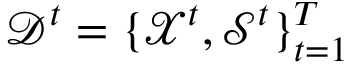
\mathcal { D } ^ { t } = \{ \mathcal { X } ^ { t } , \mathcal { S } ^ { t } \} _ { t = 1 } ^ { T }